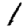
Digit: 1